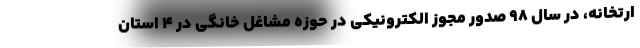
ارتخانه، در سال ۹۸ صدور مجوز الکترونیکی در حوزه مشاغل خانگی در ۴ استان